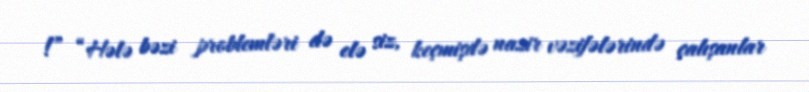
!” “Hələ bəzi problemləri də elə siz, keçmişdə nazir vəzifələrində çalışanlar